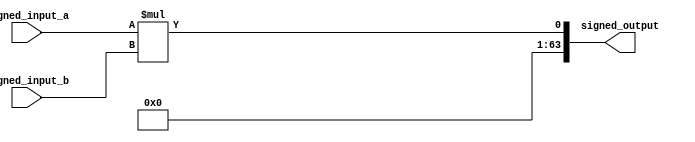
module signed_multiplier (
    input [31:0] signed_input_a,
    input [31:0] signed_input_b,
    output reg [63:0] signed_output
);

reg signed_result;

always @(signed_input_a, signed_input_b) begin
    signed_result = $signed(signed_input_a) * $signed(signed_input_b);
    signed_output = signed_result;
end

endmodule